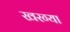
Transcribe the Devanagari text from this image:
खरग्या